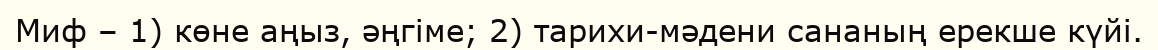
Миф – 1) көне аңыз, әңгіме; 2) тарихи-мәдени сананың ерекше күйі.